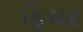
ફિચર